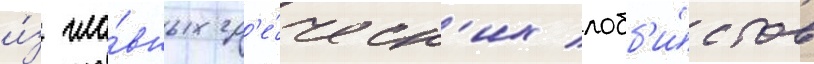
и́з гла́вных гр'е́ческ'их лобб'и́стов